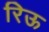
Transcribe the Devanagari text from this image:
रिऊ